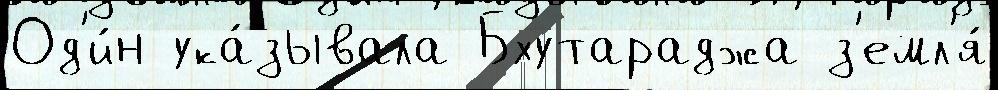
Од'и́н ука́зывала Бхутараджа з'емл'я́